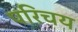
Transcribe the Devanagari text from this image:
परिचय